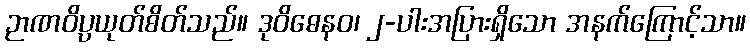
ဉာဏဝိပ္ပယုတ်စိတ်သည်။ ဒုဝိဓေနဝ၊ ၂-ပါးအပြားရှိသော အနက်ကြောင့်သာ။